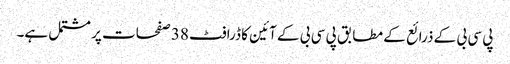
پی سی بی کے ذرائع کے مطابق پی سی بی کے آئین کا ڈرافٹ 38 صفحات پر مشتمل ہے۔